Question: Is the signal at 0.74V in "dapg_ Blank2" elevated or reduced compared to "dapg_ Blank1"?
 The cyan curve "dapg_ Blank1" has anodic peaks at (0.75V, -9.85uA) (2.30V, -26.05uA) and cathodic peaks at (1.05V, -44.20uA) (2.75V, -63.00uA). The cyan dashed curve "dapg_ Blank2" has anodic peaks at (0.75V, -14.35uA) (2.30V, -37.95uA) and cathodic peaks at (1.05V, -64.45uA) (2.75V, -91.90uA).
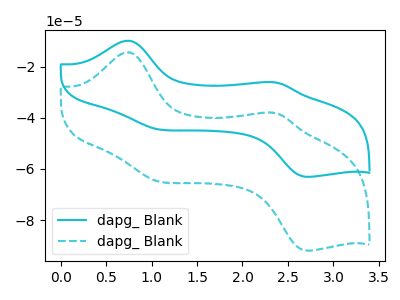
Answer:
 <answer>The peak at 0.74V is lower in "dapg_ Blank2" than in "dapg_ Blank1".</answer>
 <eval>lower</eval>